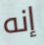
إنه